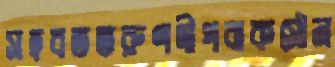
সহবততরুণদীপবাকসৌন